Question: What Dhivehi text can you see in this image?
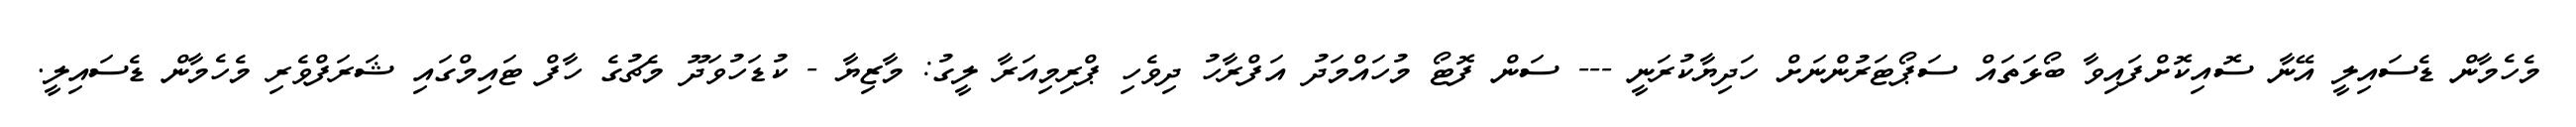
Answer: މެހެމާން ޑެސައިލީ އޭނާ ސޮއިކޮށްފައިވާ ބޯޅަތައް ސަޕޯޓަރުންނަށް ހަދިޔާކުރަނީ --- ސަން ފޮޓޯ މުހައްމަދު އަފްރާހު ދިވެހި ޕްރިމިއަރާ ލީގު: މާޒިޔާ - ކުޑަހުވަދޫ މެޗުގެ ހާފް ޓައިމްގައި ޝަރަފްވެރި މެހެމާން ޑެސައިލީ.